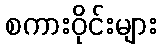
စကားဝိုင်းများ